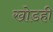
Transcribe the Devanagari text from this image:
खोडही